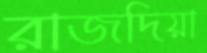
রাজদিয়া